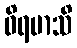
ဝိရမာသိ